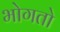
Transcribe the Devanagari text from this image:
भोगतो